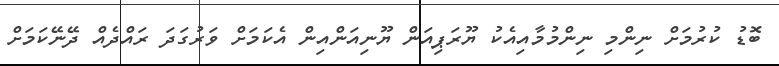
ބޮޑު ކުރުމަށް ނިންމި ނިންމުމާއިއެކު ޔޫރަޕިއަން ޔޫނިއަންއިން އެކަމަށް ވަރުގަދަ ރައްދެއް ދޭނޭކަމަށް